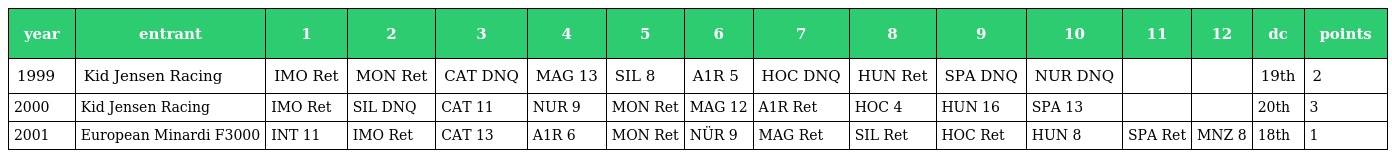
| year | entrant | 1 | 2 | 3 | 4 | 5 | 6 | 7 | 8 | 9 | 10 | 11 | 12 | dc | points |
 | --- | --- | --- | --- | --- | --- | --- | --- | --- | --- | --- | --- | --- | --- | --- | --- |
 | 1999 | Kid Jensen Racing | IMO Ret | MON Ret | CAT DNQ | MAG 13 | SIL 8 | A1R 5 | HOC DNQ | HUN Ret | SPA DNQ | NUR DNQ |  |  | 19th | 2 |
 | 2000 | Kid Jensen Racing | IMO Ret | SIL DNQ | CAT 11 | NUR 9 | MON Ret | MAG 12 | A1R Ret | HOC 4 | HUN 16 | SPA 13 |  |  | 20th | 3 |
 | 2001 | European Minardi F3000 | INT 11 | IMO Ret | CAT 13 | A1R 6 | MON Ret | NÜR 9 | MAG Ret | SIL Ret | HOC Ret | HUN 8 | SPA Ret | MNZ 8 | 18th | 1 |